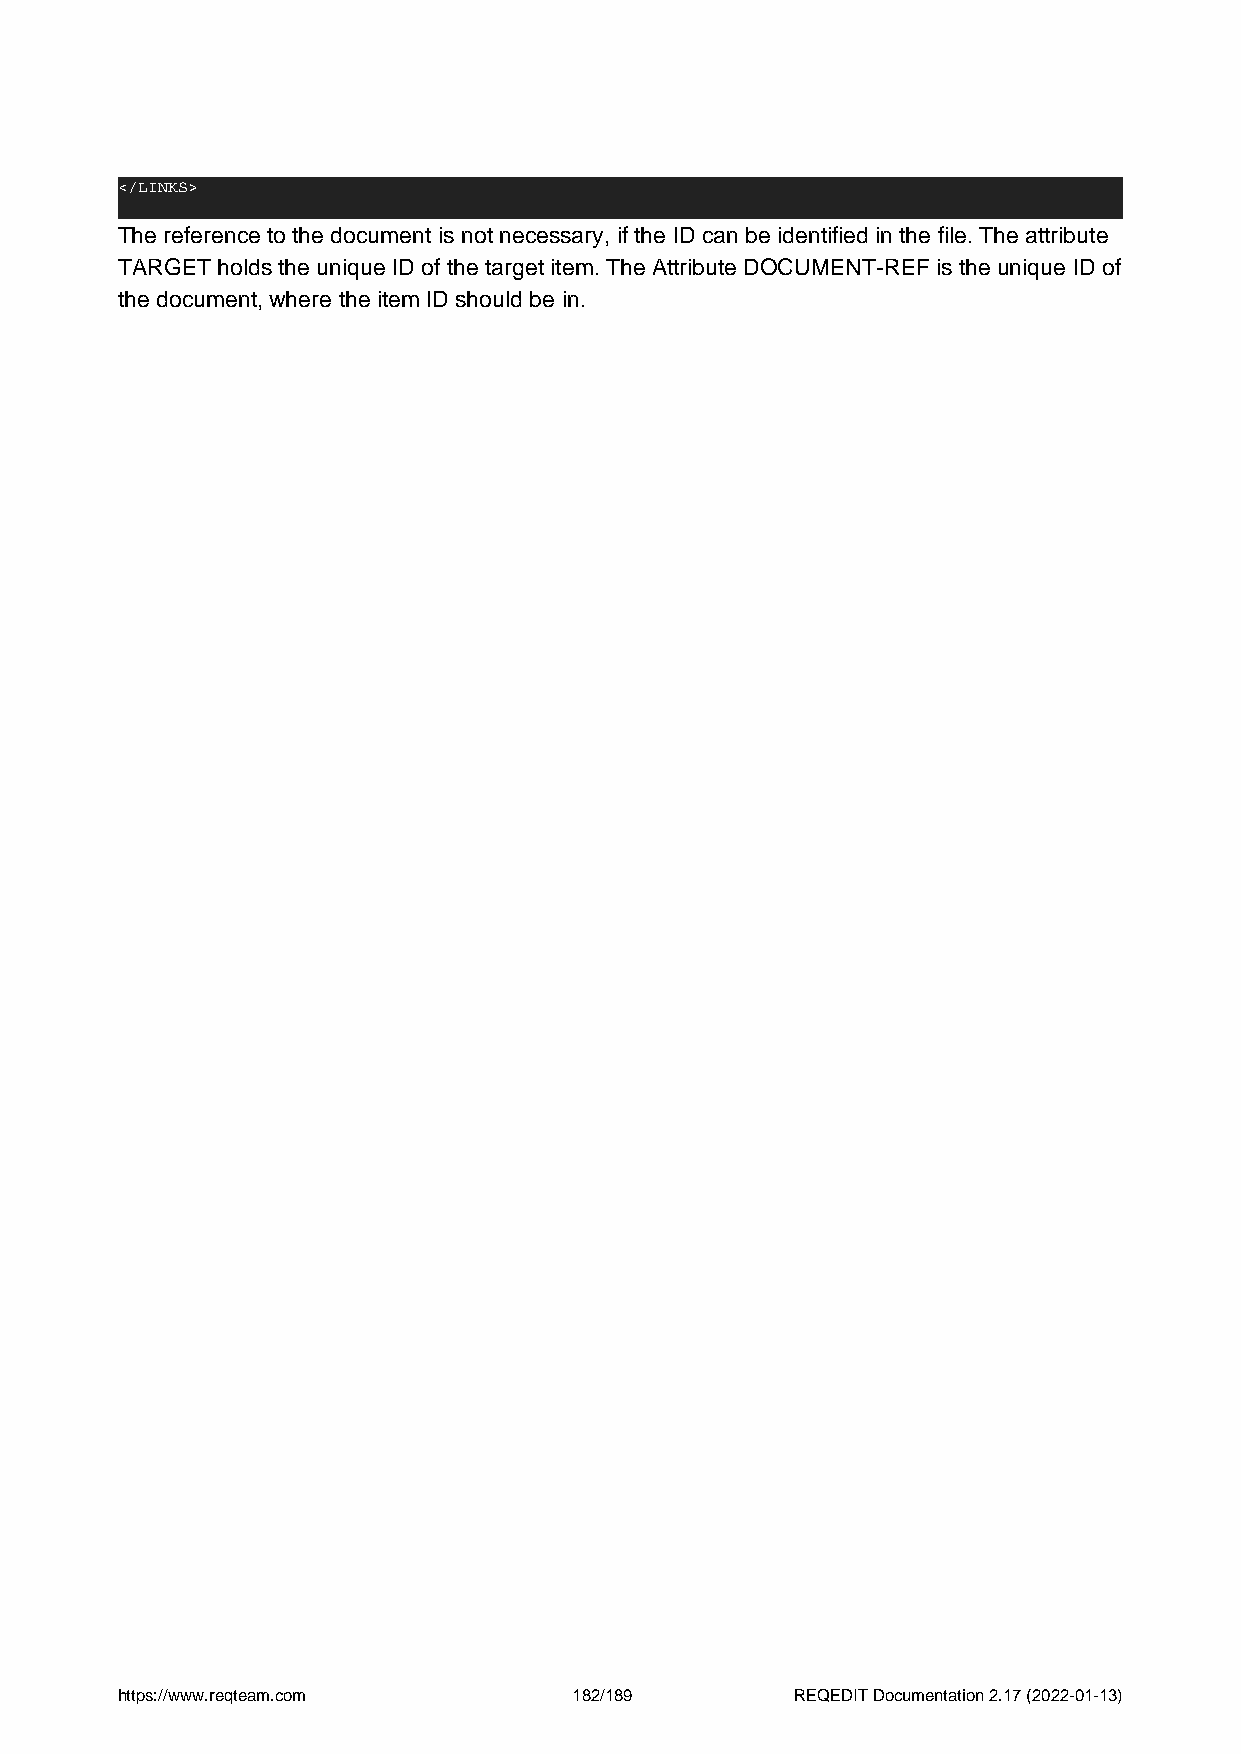
</LINKS>
 The reference to the document is not necessary, if the ID can be identified in the file. The attribute
 TARGET holds the unique ID of the target item. The Attribute DOCUMENT-REF is the unique ID of
 the document, where the item ID should be in.
 https://www.reqteam.com       182/189        REQEDIT Documentation 2.17 (2022-01-13)